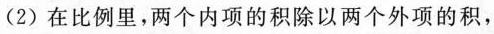
(2)在比例里，两个内项的积除以两个外项的积，